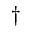
^ { \dag }